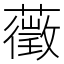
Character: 藢